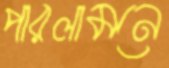
পারলামনে